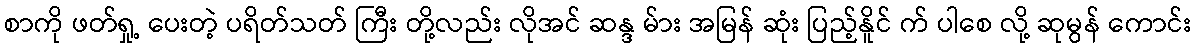
စာကို ဖတ်ရှု့ ပေးတဲ့ ပရိတ်သတ် ကြီး တို့လည်း လိုအင် ဆန္ဒ မ်ား အမြန် ဆုံး ပြည့်နိူင် က် ပါစေ လို့ ဆုမွန် ကောင်း